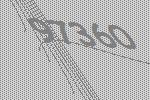
97360